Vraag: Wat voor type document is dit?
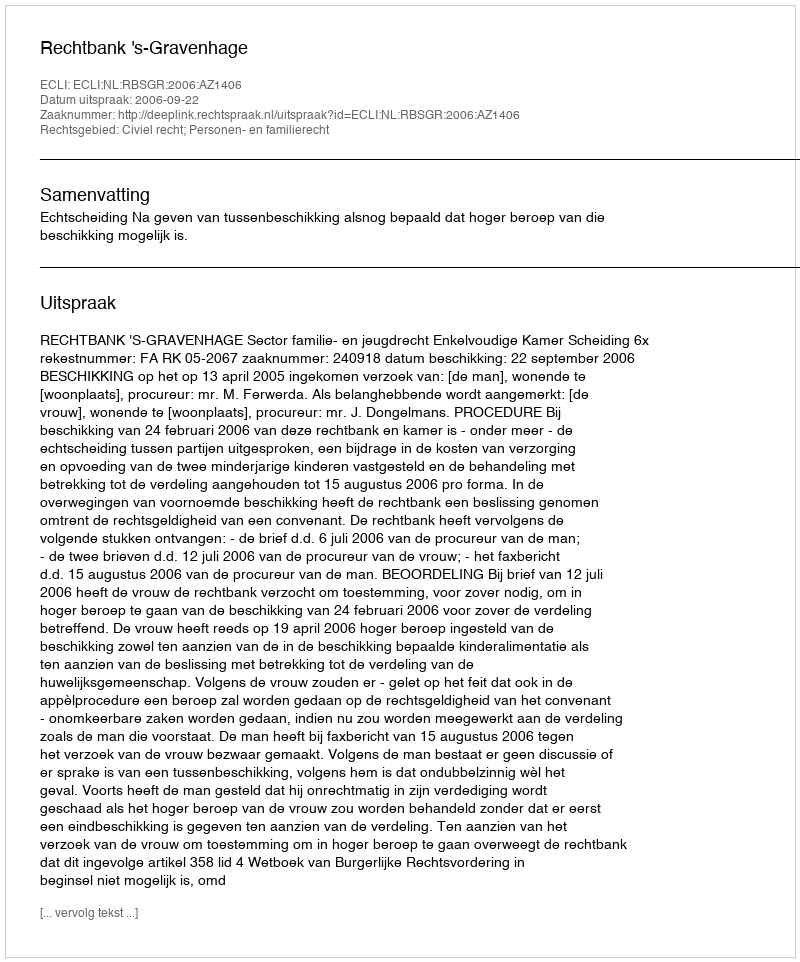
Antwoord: Uitspraak